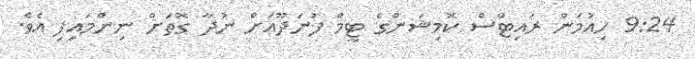
9:24 ހިއުމަން ރައިޓްސް ކޮމިޝަންގެ ޓީމް ފުނަދޫއަށް ނުދާ ގޮތަށް ނިންމައިފި އެވެ.